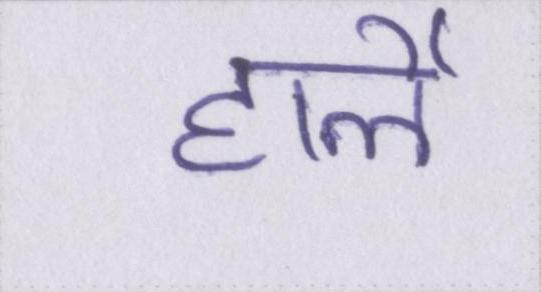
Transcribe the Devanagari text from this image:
हार्ले